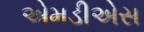
એમડીએસ